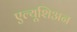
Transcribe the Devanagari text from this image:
एल्यूशिअन